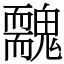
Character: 䰭